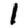
Digit: 1